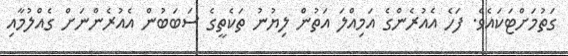
ގަތުމަށްޓަކައެވެ. ފަހެ އެއުރެންގެ އަމިއްލަ އަތުން ލިޔުނު ތަކެތީގެ ސަބަބުން އެއުރެންނަށް ގެއްލުމާއި